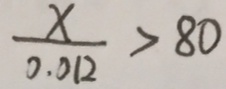
\frac { x } { 0 . 0 1 2 } > 8 0